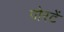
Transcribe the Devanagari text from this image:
पोरटें